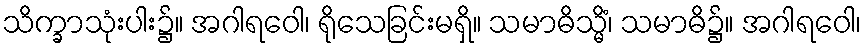
သိက္ခာသုံးပါး၌။ အဂါရဝေါ၊ ရိုသေခြင်းမရှိ။ သမာဓိသ္မိံ၊ သမာဓိ၌။ အဂါရဝေါ၊